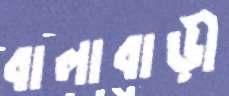
বালাবাড়ী